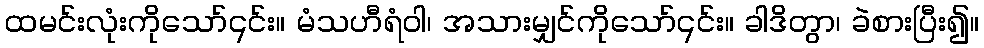
ထမင်းလုံးကိုသော်၎င်း။ မံသဟီရံဝါ၊ အသားမျှင်ကိုသော်၎င်း။ ခါဒိတွာ၊ ခဲစားပြီး၍။